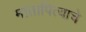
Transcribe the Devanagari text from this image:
मातापित्याचे